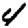
Digit: 4